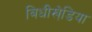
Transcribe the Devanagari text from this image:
बिधीखेडि़या